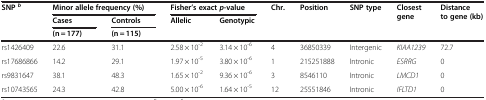
| <ROWSPAN=3> SNPb | <COLSPAN=2> Minor allele frequency (%) | <COLSPAN=2> Fisher’s exactp-value | <ROWSPAN=3> Chr. | <ROWSPAN=3> Position | <ROWSPAN=3> SNP type | <ROWSPAN=3> Closest gene | <ROWSPAN=3> Distance to gene (kb) |
 | Cases | Controls | <ROWSPAN=2> Allelic | <ROWSPAN=2> Genotypic |
 | (n = 177) | (n = 115) |
 | --- | --- | --- | --- | --- | --- | --- | --- | --- | --- |
 | rs1426409 | 22.6 | 31.1 | 2.58 × 10-2 | 3.14 × 10-6 | 4 | 36850339 | Intergenic | KIAA1239 | 72.7 |
 | rs17686866 | 14.2 | 29.1 | 1.97 × 10-5 | 3.80 × 10-6 | 1 | 215251888 | Intronic | ESRRG | 0 |
 | rs9831647 | 38.1 | 48.3 | 1.65 × 10-2 | 9.36 × 10-6 | 3 | 8546110 | Intronic | LMCD1 | 0 |
 | rs10743565 | 24.3 | 42.8 | 5.00 × 10-6 | 1.64 × 10-5 | 12 | 25551846 | Intronic | IFLTD1 | 0 |